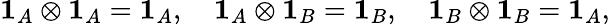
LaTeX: {\mathbf 1_{A}}\otimes{\mathbf 1_{A}}={\mathbf 1_{A}},\quad{\mathbf 1_{A}}\otimes{\mathbf 1_{B}}={\mathbf 1_{B}},\quad{\mathbf 1_{B}}\otimes{\mathbf 1_{B}}={\mathbf 1_{A}},